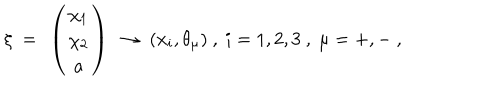
\xi \ = \ \left( \begin{array} { c } { { \chi _ { 1 } } } \\ { { \chi _ { 2 } } } \\ { { a } } \\ \end{array} \right) \ \to \ ( x _ { i } , \theta _ { \mu } ) \ , \ i = 1 , 2 , 3 \ , \ \mu = + , - \ ,